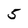
Character: 5